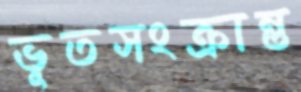
ভূতসংক্রান্ত